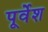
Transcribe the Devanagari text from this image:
पूर्वेश